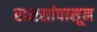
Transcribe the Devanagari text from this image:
राक्षसांपासून